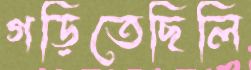
গড়িতেছিলি